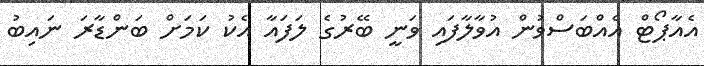
އެއާޕޯޓް އެއްބަސްވުން އުވާލާފައި ވަނީ ބޭރުގެ ލަފައާ އެކު ކަމަށް ބަންޑާރަ ނައިބު